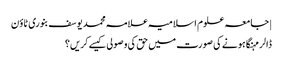
| جامعہ علوم اسلامیہ علامہ محمد یوسف بنوری ٹاؤن
ڈالر مہنگا ہونے کی صورت میں حق کی وصولی کیسے کریں؟